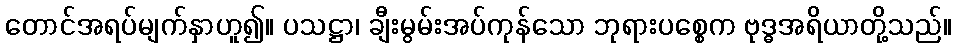
တောင်အရပ်မျက်နှာဟူ၍။ ပသဋ္ဌာ၊ ချီးမွမ်းအပ်ကုန်သော ဘုရားပစ္စေက ဗုဒ္ဓအရိယာတို့သည်။